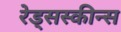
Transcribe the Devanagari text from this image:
रेड्सस्कीन्स